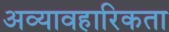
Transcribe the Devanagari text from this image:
अव्यावहारिकता